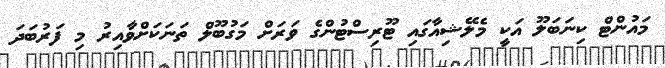
މައުންޓް ކިނަބަލޫ އަކީ މެލޭޝިއާގައި ޓޫރިސްޓުންގެ ވަރަށް މަގުބޫލް ތަނަކަށްވާއިރު މި ފަރުބަދަ